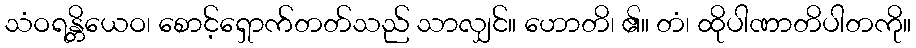
သံဝရန္တိယေဝ၊ စောင့်ရှောက်တတ်သည် သာလျှင်။ ဟောတိ၊ ၏။ တံ၊ ထိုပါဏာတိပါတကို။